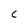
Character: c